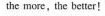
the more,the better!